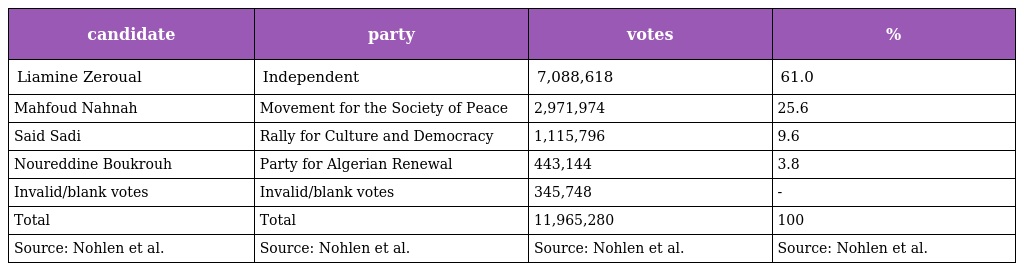
| candidate | party | votes | % |
 | --- | --- | --- | --- |
 | Liamine Zeroual | Independent | 7,088,618 | 61.0 |
 | Mahfoud Nahnah | Movement for the Society of Peace | 2,971,974 | 25.6 |
 | Said Sadi | Rally for Culture and Democracy | 1,115,796 | 9.6 |
 | Noureddine Boukrouh | Party for Algerian Renewal | 443,144 | 3.8 |
 | Invalid/blank votes | Invalid/blank votes | 345,748 | - |
 | Total | Total | 11,965,280 | 100 |
 | Source: Nohlen et al. | Source: Nohlen et al. | Source: Nohlen et al. | Source: Nohlen et al. |